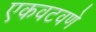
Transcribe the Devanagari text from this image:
एकवटवणे